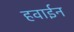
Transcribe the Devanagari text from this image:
हवाईन